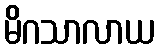
မိဂသာလာယ